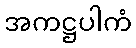
အကဋ္ဌပါကံ